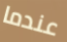
عندما